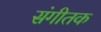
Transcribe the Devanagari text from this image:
संगीतक